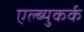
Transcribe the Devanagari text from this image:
एल्ब्युकर्क